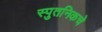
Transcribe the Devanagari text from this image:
स्पुतनिकचे